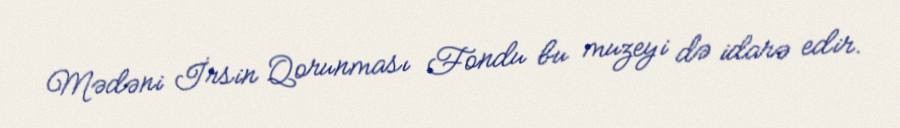
Mədəni İrsin Qorunması Fondu bu muzeyi də idarə edir.